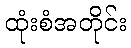
ထုံးစံအတိုင်း